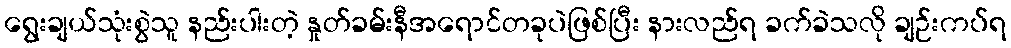
ရွေးချယ်သုံးစွဲသူ နည်းပါးတဲ့ နှုတ်ခမ်းနီအရောင်တခုပဲဖြစ်ပြီး နားလည်ရ ခက်ခဲသလို ချဉ်းကပ်ရ